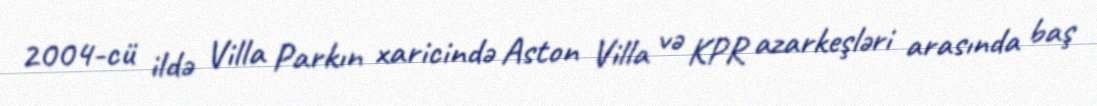
2004-cü ildə Villa Parkın xaricində Aston Villa və KPR azarkeşləri arasında baş